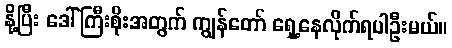
နို့ပြီး ဒေါ်ကြီးစိုးအတွက် ကျွန်တော် ရှေ့နေလိုက်ရပါဦးမယ်။